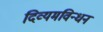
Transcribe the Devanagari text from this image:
दिव्यमविन्धनं